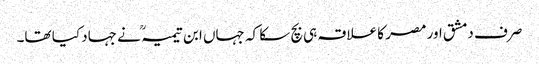
صرف دمشق اور مصر کا علاقہ ہی بچ سکا کہ جہاں ابن تیمیہ ؒ نے جہاد کیا تھا۔